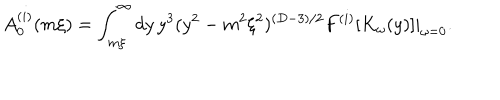
A _ { 0 } ^ { ( i ) } ( m \xi ) = \int _ { m \xi } ^ { \infty } d y \, y ^ { 3 } ( y ^ { 2 } - m ^ { 2 } \xi ^ { 2 } ) ^ { ( D - 3 ) / 2 } F ^ { ( i ) } [ K _ { \omega } ( y ) ] | _ { \omega = 0 } .